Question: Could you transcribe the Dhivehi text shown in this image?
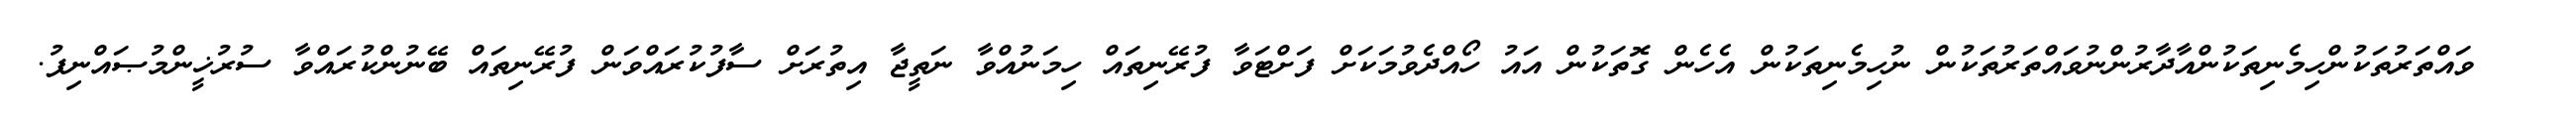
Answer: ??? ވައްތަރުތަކުންހިމެނިތަކުންއާދާރުންނުވައްތަރުތަކުން ނުހިމެނިތަކުން އެހެން ގޮތަކުން އައު ހޯއްދެވުމަކަށް ފަށްޓަވާ ފުރޭނިތައް ހިމަނުއްވާ ނަތީޖާ އިތުރަށް ސާފުކުރައްވަން ފުރޭނިތައް ބޭނުންކުރައްވާ ސުރުޚީންމުޞައްނިފު.